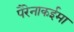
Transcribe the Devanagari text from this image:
पैरेनाकईमा